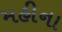
મહીના